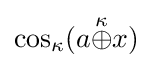
\cos _{\kappa }(a{\stackrel {\kappa }{\oplus }}x)